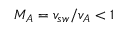
M _ { A } = v _ { s w } / v _ { A } < 1